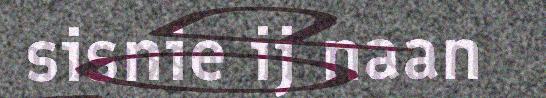
sisnie ij naan